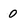
Character: 0